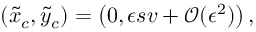
( \tilde { x } _ { c } , \tilde { y } _ { c } ) = \left( 0 , \epsilon s v + \mathcal { O } ( \epsilon ^ { 2 } ) \right) ,